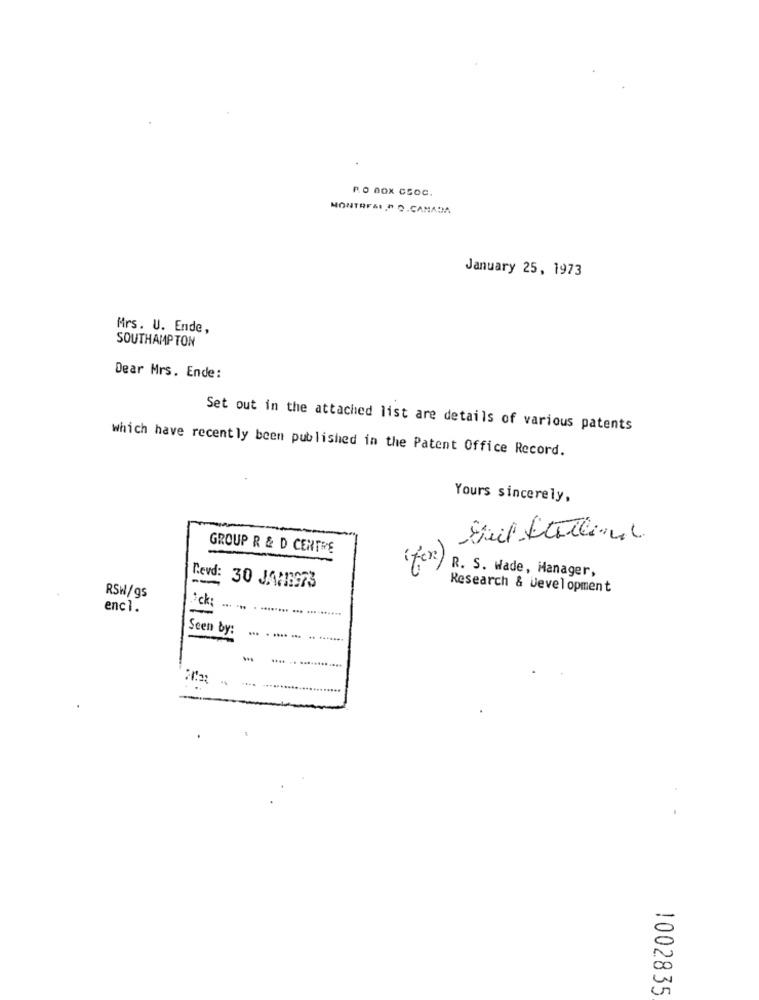
R.O BOX CCOC.
MONTRE&I,P.O.CAMADA
January 25, 1973
Mrs. U. Ende,
SOUTHAMPTON
Dear Mrs. Ende:
Set out in the attached list are details of various patents
which have recently been published in the Patent Office Record.
Yours sincerely,
GROUP R & D CENTRE
R. S. Wade, Manager,
RSW/gs
Revd: 30 JANG973
Research & Development
enc1.
=
Seen by:
... . .... .. .. .......
1002835